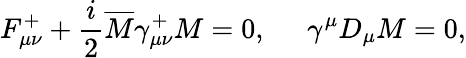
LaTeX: F_{\mu\nu}^{+}+\frac{i}{2}\overline{{M}}\gamma_{\mu\nu}^{+}M=0,\; \; \; \; \; \gamma^{\mu}D_{\mu}M=0,